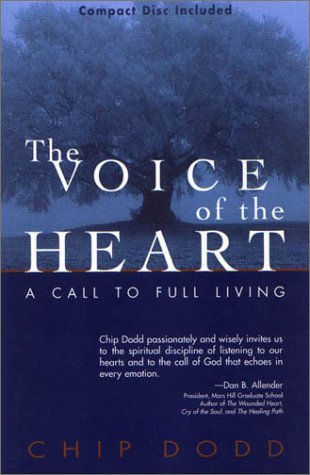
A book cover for The Voice of the Heart: A Call to Full Living with CD (Audio); Chip Dodd; Christian Books & Bibles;